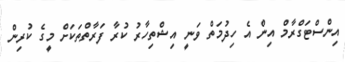
އިންސްޓަގްރާމް އިން އެ ހިދުމަތް ވަނީ އިޝްތިހާރު ކުރާ ފަރާތްތަކަށް މީގެ ކުރިން